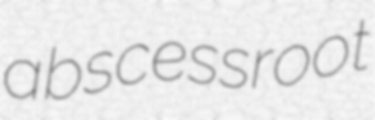
abscessroot